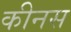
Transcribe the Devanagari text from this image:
कीनस